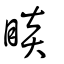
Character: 睒